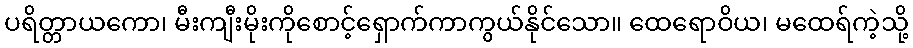
ပရိတ္တာယကော၊ မီးကျီးမိုးကိုစောင့်ရှောက်ကာကွယ်နိုင်သော။ ထေရောဝိယ၊ မထေရ်ကဲ့သို့